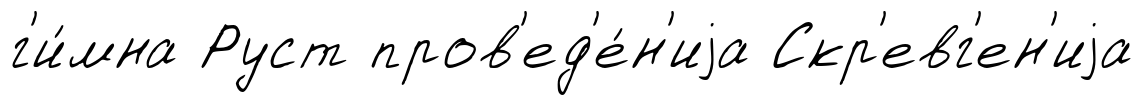
г'и́мна Руст пров'ед'е́н'иjа Скр'евг'ен'иjа